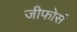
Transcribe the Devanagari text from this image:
जीफोर्स